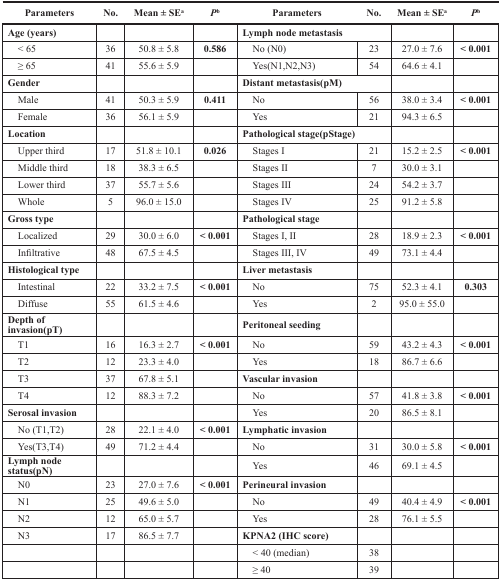
<table><thead><tr><td><b>Parameters</b></td><td><b>No.</b></td><td><b>Mean ± SE<sup>a</sup></b></td><td><b><i>P</i><sup>b</sup></b></td><td><b>Parameters</b></td><td><b>No.</b></td><td><b>Mean ± SE<sup>a</sup></b></td><td><b><i>P</i><sup>b</sup></b></td></tr></thead><tbody><tr><td><b>Age (years)</b></td><td></td><td></td><td></td><td colspan="2"><b>Lymph node metastasis</b></td><td></td><td></td></tr><tr><td> &lt; 65</td><td>36</td><td>50.8 ± 5.8</td><td><b>0.586</b></td><td> No (N0)</td><td>23</td><td>27.0 ± 7.6</td><td><b>&lt; 0.001</b></td></tr><tr><td> ≥ 65</td><td>41</td><td>55.6 ± 5.9</td><td></td><td> Yes(N1,N2,N3)</td><td>54</td><td>64.6 ± 4.1</td><td></td></tr><tr><td><b>Gender</b></td><td></td><td></td><td></td><td colspan="2"><b>Distant metastasis(pM)</b></td><td></td><td></td></tr><tr><td> Male</td><td>41</td><td>50.3 ± 5.9</td><td><b>0.411</b></td><td> No</td><td>56</td><td>38.0 ± 3.4</td><td><b>&lt; 0.001</b></td></tr><tr><td> Female</td><td>36</td><td>56.1 ± 5.9</td><td></td><td> Yes</td><td>21</td><td>94.3 ± 6.5</td><td></td></tr><tr><td><b>Location</b></td><td></td><td></td><td></td><td colspan="2"><b>Pathological stage(pStage)</b></td><td></td><td></td></tr><tr><td> Upper third</td><td>17</td><td>51.8 ± 10.1</td><td><b>0.026</b></td><td> Stages I</td><td>21</td><td>15.2 ± 2.5</td><td><b>&lt; 0.001</b></td></tr><tr><td> Middle third</td><td>18</td><td>38.3 ± 6.5</td><td></td><td> Stages II</td><td>7</td><td>30.0 ± 3.1</td><td></td></tr><tr><td> Lower third</td><td>37</td><td>55.7 ± 5.6</td><td></td><td> Stages III</td><td>24</td><td>54.2 ± 3.7</td><td></td></tr><tr><td> Whole</td><td>5</td><td>96.0 ± 15.0</td><td></td><td> Stages IV</td><td>25</td><td>91.2 ± 5.8</td><td></td></tr><tr><td><b>Gross type</b></td><td></td><td></td><td></td><td><b>Pathological stage</b></td><td></td><td></td><td></td></tr><tr><td> Localized</td><td>29</td><td>30.0 ± 6.0</td><td><b>&lt; 0.001</b></td><td> Stages I, II</td><td>28</td><td>18.9 ± 2.3</td><td><b>&lt; 0.001</b></td></tr><tr><td> Infiltrative</td><td>48</td><td>67.5 ± 4.5</td><td></td><td> Stages III, IV</td><td>49</td><td>73.1 ± 4.4</td><td></td></tr><tr><td><b>Histological type</b></td><td></td><td></td><td></td><td><b>Liver metastasis</b></td><td></td><td></td><td></td></tr><tr><td> Intestinal</td><td>22</td><td>33.2 ± 7.5</td><td><b>&lt; 0.001</b></td><td> No</td><td>75</td><td>52.3 ± 4.1</td><td><b>0.303</b></td></tr><tr><td> Diffuse</td><td>55</td><td>61.5 ± 4.6</td><td></td><td> Yes</td><td>2</td><td>95.0 ± 55.0</td><td></td></tr><tr><td><b>Depth of invasion(pT)</b></td><td></td><td></td><td></td><td><b>Peritoneal seeding</b></td><td></td><td></td><td></td></tr><tr><td> T1</td><td>16</td><td>16.3 ± 2.7</td><td><b>&lt; 0.001</b></td><td> No</td><td>59</td><td>43.2 ± 4.3</td><td><b>&lt; 0.001</b></td></tr><tr><td> T2</td><td>12</td><td>23.3 ± 4.0</td><td></td><td> Yes</td><td>18</td><td>86.7 ± 6.6</td><td></td></tr><tr><td> T3</td><td>37</td><td>67.8 ± 5.1</td><td></td><td><b>Vascular invasion</b></td><td></td><td></td><td></td></tr><tr><td> T4</td><td>12</td><td>88.3 ± 7.2</td><td></td><td> No</td><td>57</td><td>41.8 ± 3.8</td><td><b>&lt; 0.001</b></td></tr><tr><td><b>Serosal invasion</b></td><td></td><td></td><td></td><td> Yes</td><td>20</td><td>86.5 ± 8.1</td><td></td></tr><tr><td> No (T1,T2)</td><td>28</td><td>22.1 ± 4.0</td><td><b>&lt; 0.001</b></td><td><b>Lymphatic invasion</b></td><td></td><td></td><td></td></tr><tr><td> Yes(T3,T4)</td><td>49</td><td>71.2 ± 4.4</td><td></td><td> No</td><td>31</td><td>30.0 ± 5.8</td><td><b>&lt; 0.001</b></td></tr><tr><td><b>Lymph node status(pN)</b></td><td></td><td></td><td></td><td> Yes</td><td>46</td><td>69.1 ± 4.5</td><td></td></tr><tr><td> N0</td><td>23</td><td>27.0 ± 7.6</td><td><b>&lt; 0.001</b></td><td><b>Perineural invasion</b></td><td></td><td></td><td></td></tr><tr><td> N1</td><td>25</td><td>49.6 ± 5.0</td><td></td><td> No</td><td>49</td><td>40.4 ± 4.9</td><td><b>&lt; 0.001</b></td></tr><tr><td> N2</td><td>12</td><td>65.0 ± 5.7</td><td></td><td> Yes</td><td>28</td><td>76.1 ± 5.5</td><td></td></tr><tr><td> N3</td><td>17</td><td>86.5 ± 7.7</td><td></td><td><b>KPNA2 (IHC score)</b></td><td></td><td></td><td></td></tr><tr><td></td><td></td><td></td><td></td><td> &lt; 40 (median)</td><td>38</td><td></td><td></td></tr><tr><td></td><td></td><td></td><td></td><td> ≥ 40</td><td>39</td><td></td><td></td></tr></tbody></table>